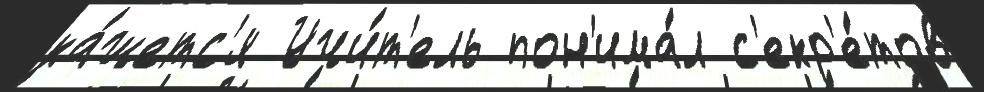
ка́жетс'я Учи́т'ель пон'има́л с'екр'е́тов